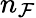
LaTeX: n_{\mathcal{F}}